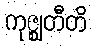
ကုဇ္ဈတီတိ